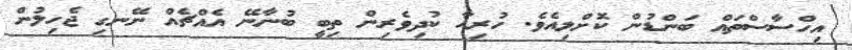
އިހްސާސްތައް ބަންޑުން ކޮށްލިއެވެ. ހުރިހާ ކުދިވެރިން ތިބީ ބުނާނޭ އެއްޗެއް ނޭނގި ޖެހިލުން